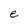
Character: e